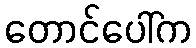
တောင်ပေါ်က